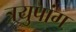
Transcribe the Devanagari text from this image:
त्रयुपांग